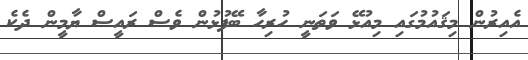
އެއިރުން މިޤައުމުގައި މިއުޅޭ ވަތަނީ ހުރިހާ ބޭފުޅުން ވެސް ރައީސް ޔާމީން ދެކެ